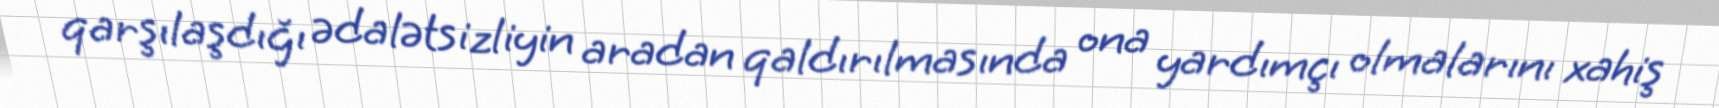
qarşılaşdığı ədalətsizliyin aradan qaldırılmasında ona yardımçı olmalarını xahiş